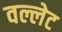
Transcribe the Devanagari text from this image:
वल्लेट